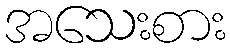
အသေးစား